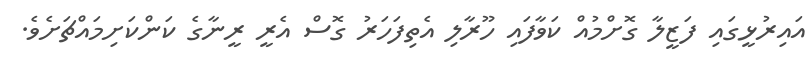
އައިރުޅީގައި ފަޒީލާ ގޮށްމުއް ކަވާފައި ހޫރާލި އެތިފަހަރު ގޮސް އެރީ ރީނާގެ ކަންކަށިމައްޗަށެވެ.